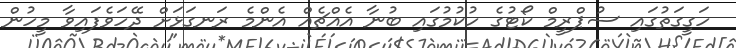
ހަގީގަތުގައި ސުޕްރީމް ކޯޓުގެ ހުކުމުގައި ބުނާ އެއްޗެއް އެންމެ ރަނގަޅަށް ދޭހަވެފައިވާ މީހުން